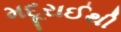
મદૂરાઈથી